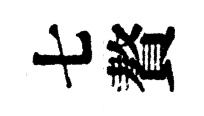
七贅